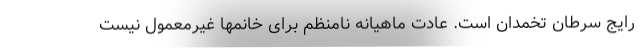
رایج سرطان تخمدان است. عادت ماهیانه نامنظم برای خانمها غیرمعمول نیست